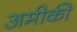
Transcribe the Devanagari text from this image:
अमीकी